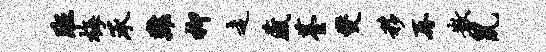
班梅承难柳走藏薹燮移再散鼠